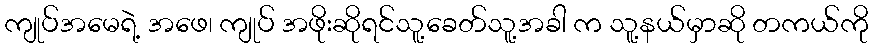
ကျုပ်အမေရဲ့ အဖေ၊ ကျုပ် အဖိုးဆိုရင်သူ့ခေတ်သူ့အခါ က သူ့နယ်မှာဆို တကယ်ကို